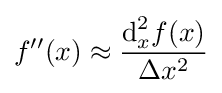
f''(x)\approx {\frac {{\text{d}}_{x}^{2}f(x)}{\Delta x^{2}}}